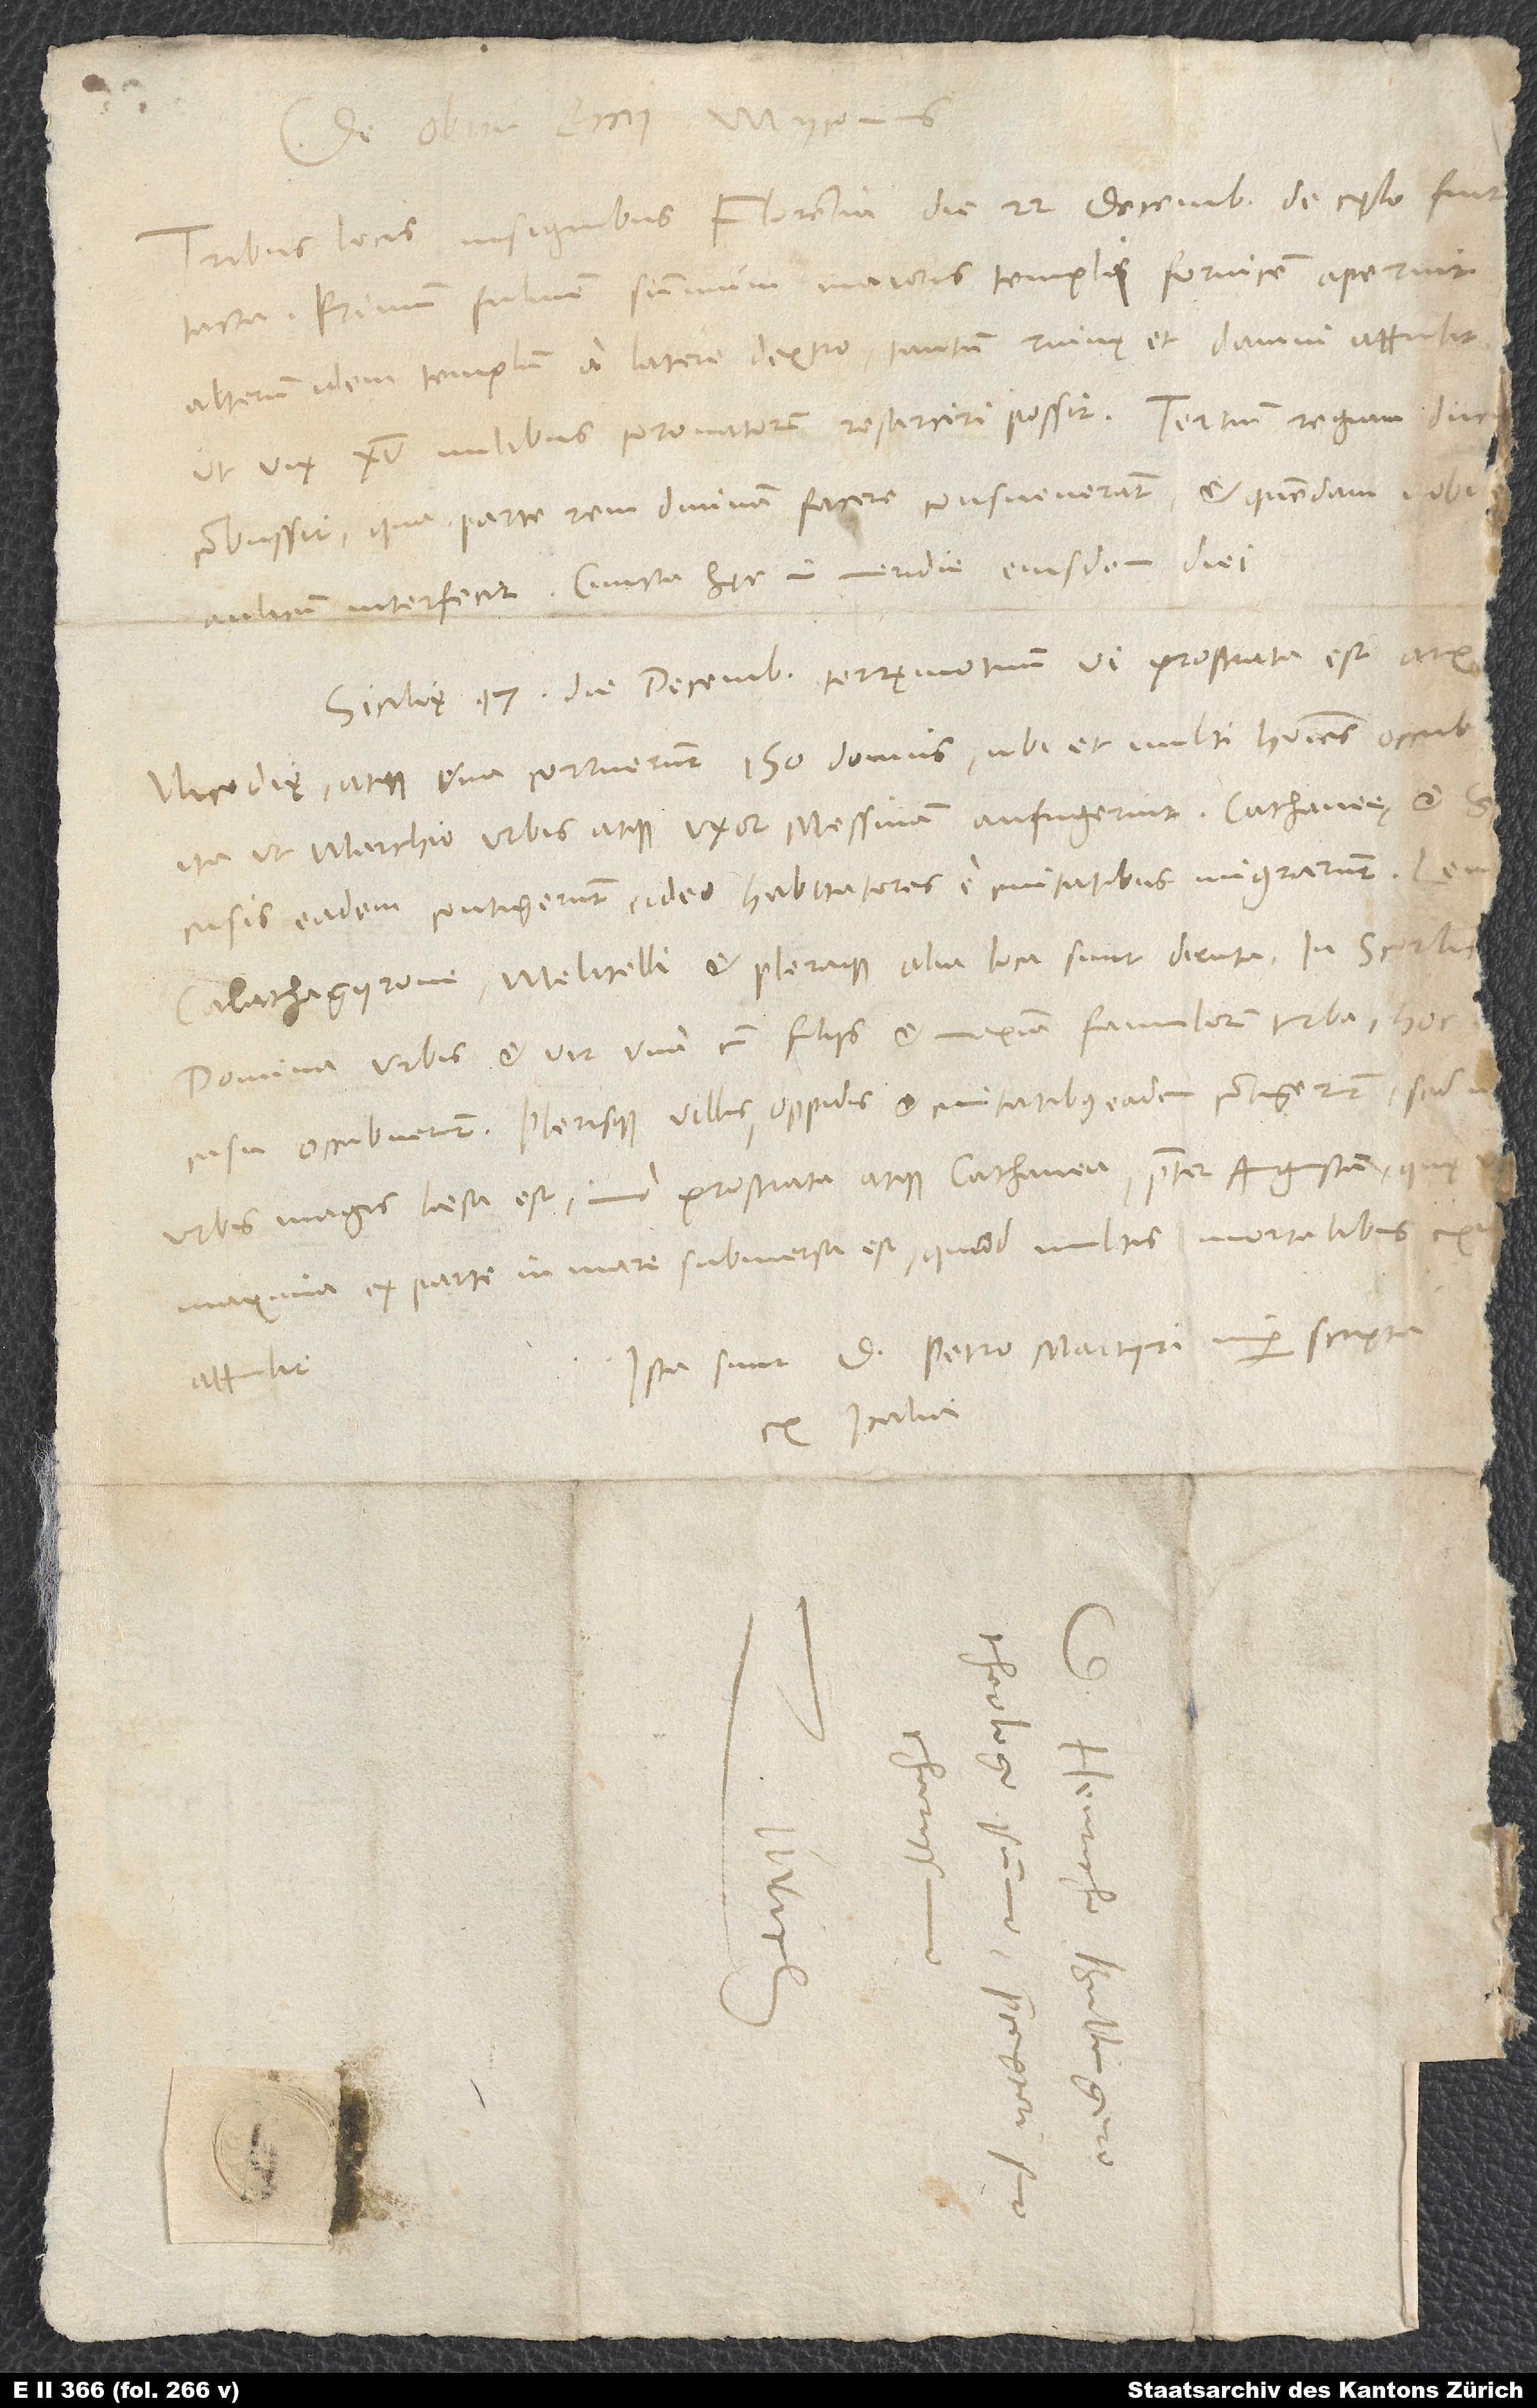
Tribus locis insignibus Florentia die 22. decembris de cęlo fuit
Primum fulmen summum maioris templi fornicem aperuit;
alterum idem templum a latere dextro tantum ruinę et damni attulit,
ut vix 15 milibus coronatorum resarciri possit. Tertium regiam duci
aulicum interfecit. Cuncta hęc in meridie eiusdem diei.
Sicilię 17. die decembris terręmotuum vi prostrata est arx
Nicodię, atque una corruerunt 150 domus, ubi et multi homines occub
Ista sunt d. Petro Martyri nuper scripta
ex Italia.